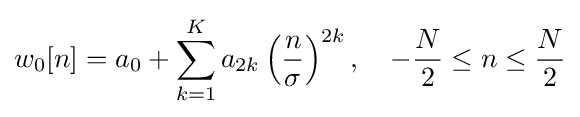
w_{0}[n]=a_{0}+\sum _{k=1}^{K}a_{2k}\left({\frac {n}{\sigma }}\right)^{2k},\quad -{\frac {N}{2}}\leq n\leq {\frac {N}{2}}